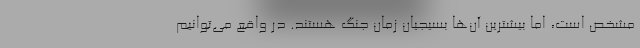
مشخص است، اما بیشترین آن‌ها بسیجیان زمان جنگ هستند. در واقع می‌توانیم